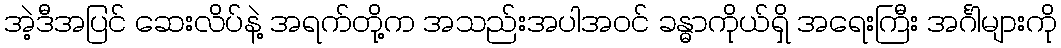
အဲ့ဒီအပြင် ဆေးလိပ်နဲ့ အရက်တို့က အသည်းအပါအဝင် ခန္ဓာကိုယ်ရှိ အရေးကြီး အင်္ဂါများကို